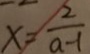
x = \frac { 2 } { a - 1 }